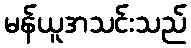
မန်ယူအသင်းသည်